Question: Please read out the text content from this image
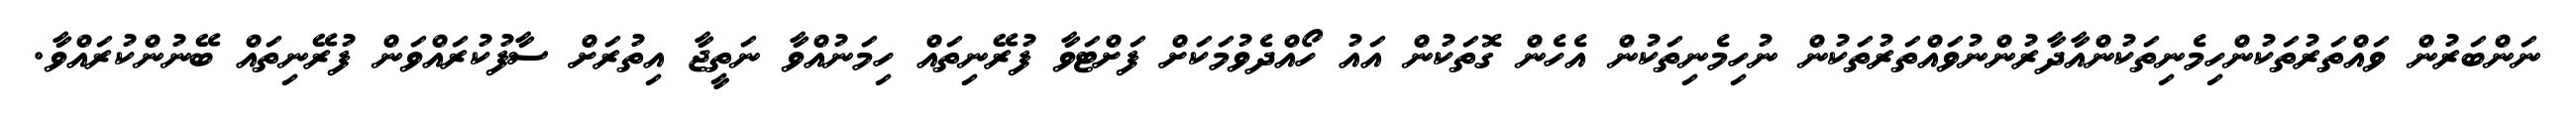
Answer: ނަންބަރުން ވައްތަރުތަކުންހިމެނިތަކުންއާދާރުންނުވައްތަރުތަކުން ނުހިމެނިތަކުން އެހެން ގޮތަކުން އައު ހޯއްދެވުމަކަށް ފަށްޓަވާ ފުރޭނިތައް ހިމަނުއްވާ ނަތީޖާ އިތުރަށް ސާފުކުރައްވަން ފުރޭނިތައް ބޭނުންކުރައްވާ.